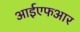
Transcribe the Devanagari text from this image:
आईएफआर